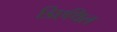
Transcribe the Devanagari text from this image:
डिएथिल